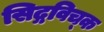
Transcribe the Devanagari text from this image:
सिद्गविच्क